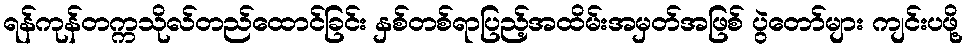
ရန်ကုန်တက္ကသိုလ်တည်ထောင်ခြင်း နှစ်တစ်ရာပြည့်အထိမ်းအမှတ်အဖြစ် ပွဲတော်များ ကျင်းပဖို့